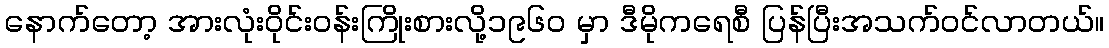
နောက်တော့ အားလုံးဝိုင်းဝန်းကြိုးစားလို့၁၉၆၀ မှာ ဒီမိုကရေစီ ပြန်ပြီးအသက်ဝင်လာတယ်။